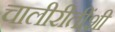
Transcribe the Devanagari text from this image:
चालीरीतींशी